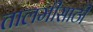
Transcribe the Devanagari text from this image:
तालमीसाठी